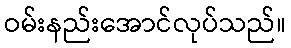
ဝမ်းနည်းအောင်လုပ်သည်။